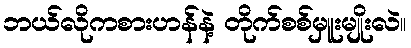
ဘယ်လိုကစားဟန်နဲ့ တိုက်စစ်မှူးမျိုးလဲ။